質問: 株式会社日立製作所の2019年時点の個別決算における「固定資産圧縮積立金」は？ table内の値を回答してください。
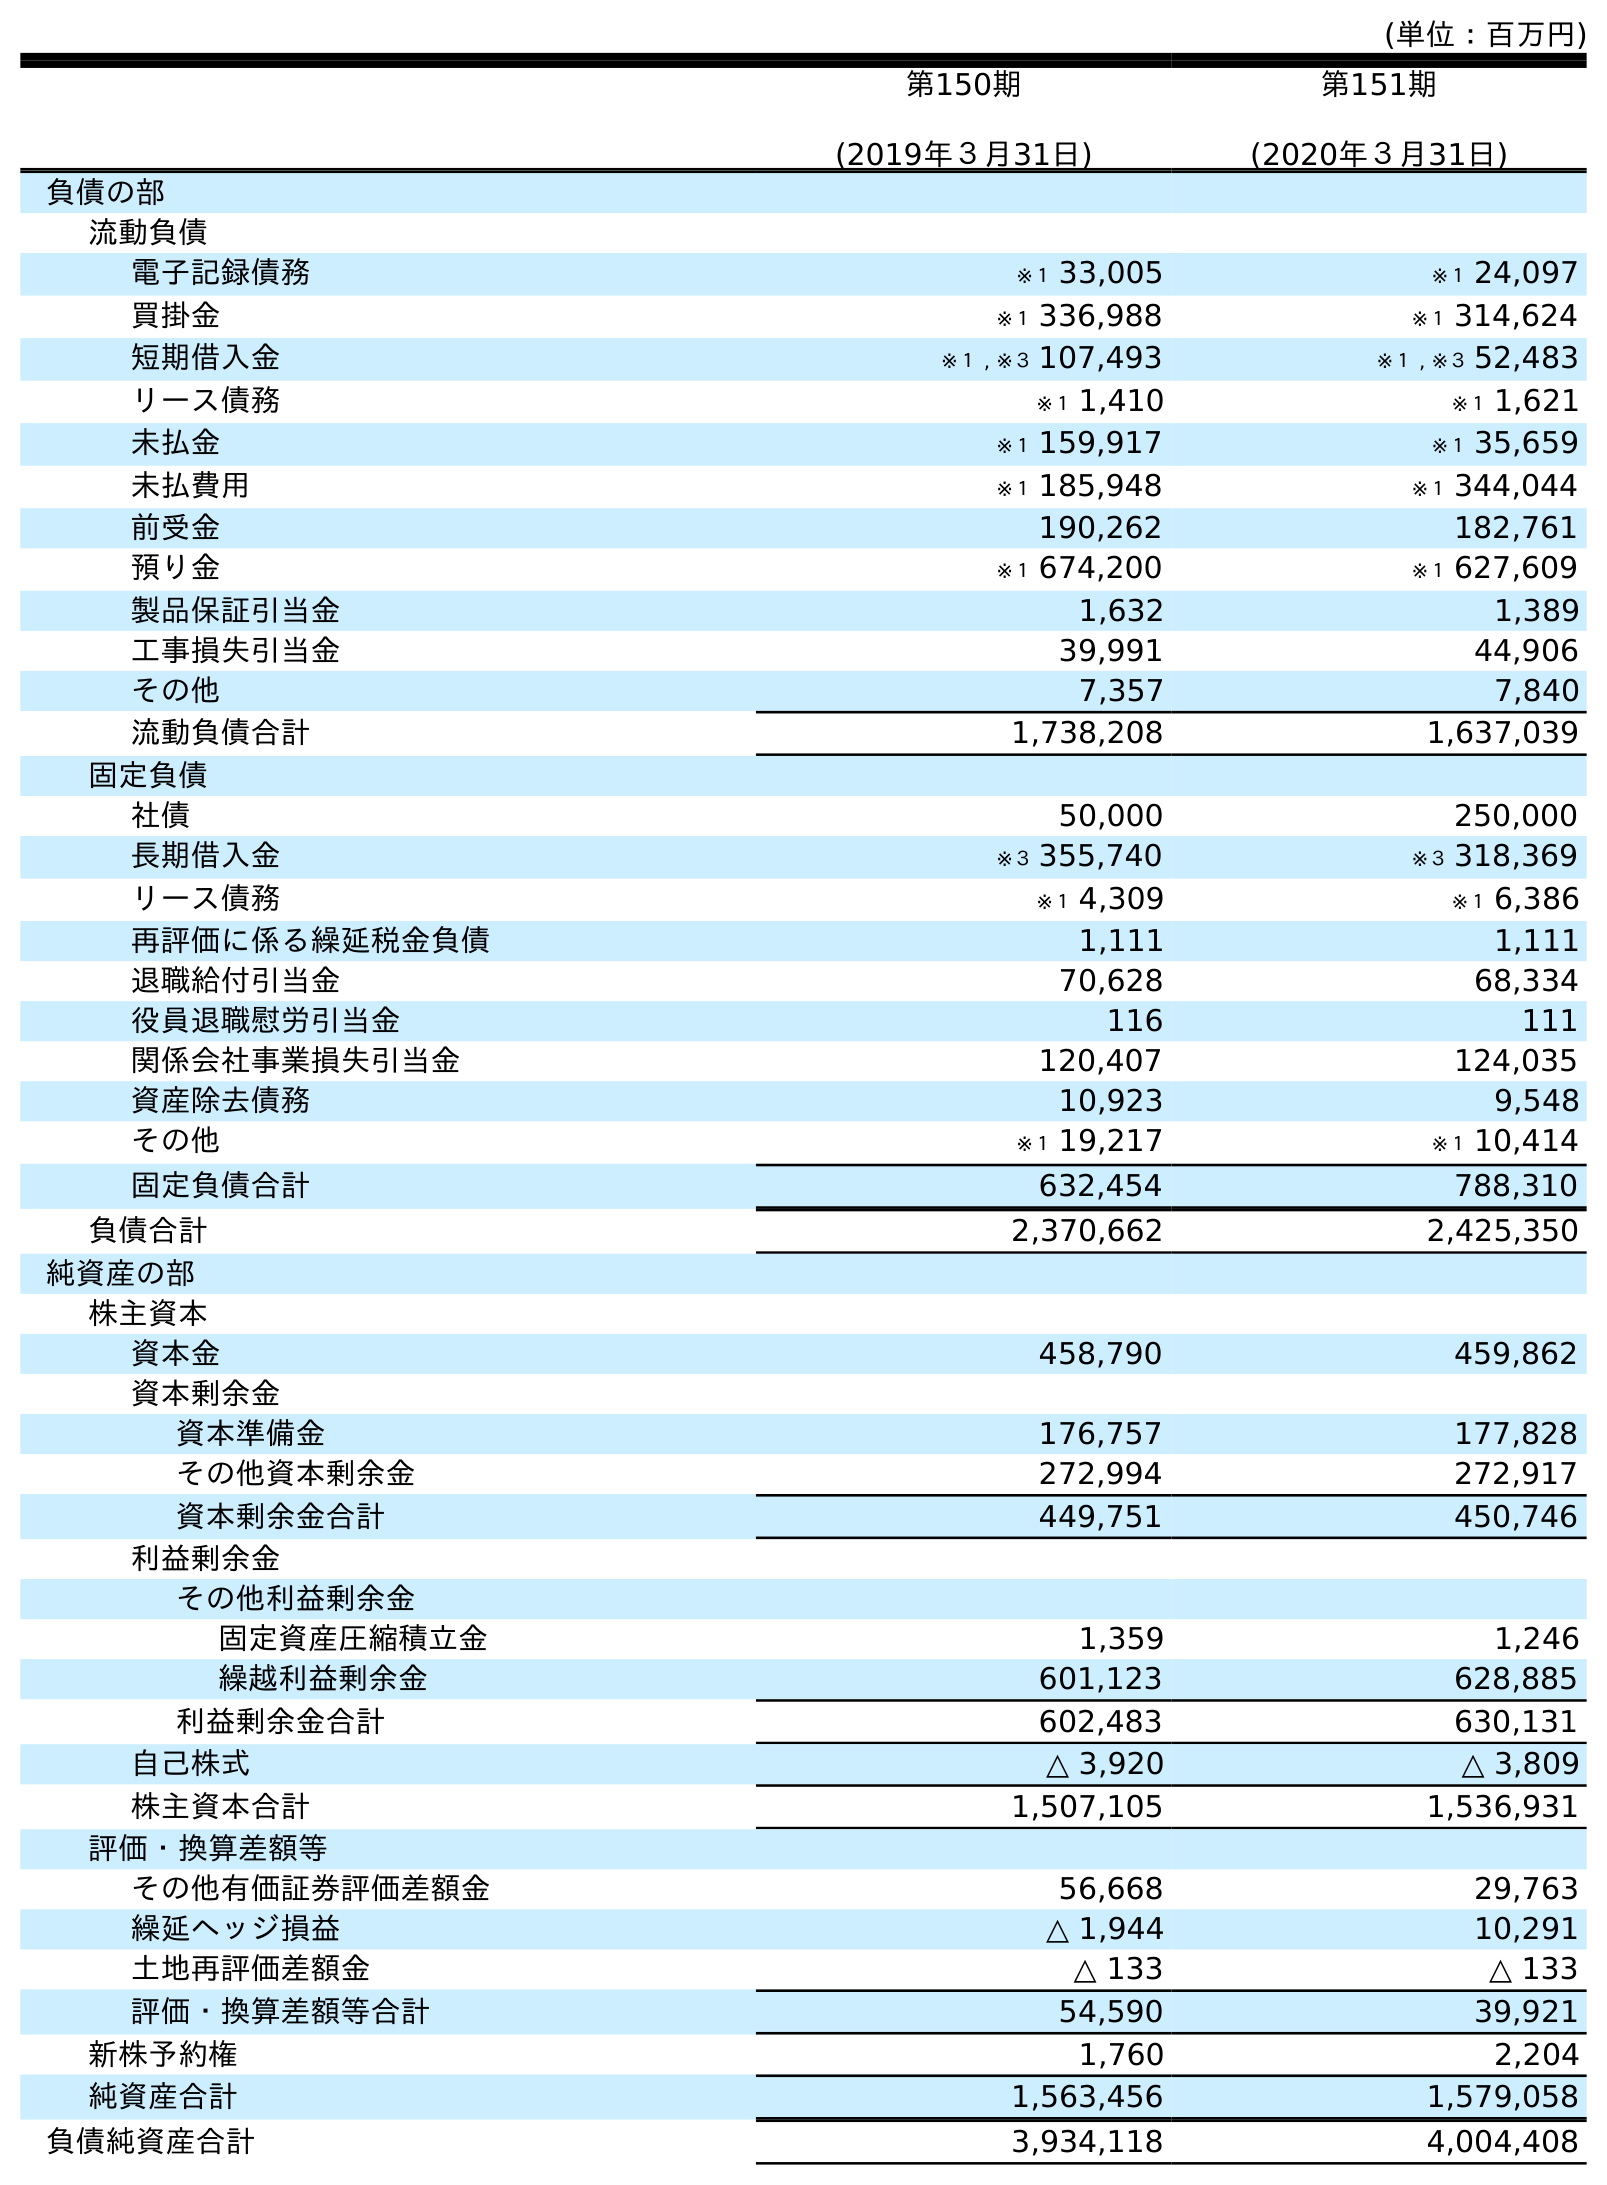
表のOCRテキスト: (単位：百万円) 第150期 (2019年３月31日) 第151期 (2020年３月31日) 負債の部 流動負債 電子記録債務 ※１ 33,005 ※１ 24,097 買掛金 ※１ 336,988 ※１ 314,624 短期借入金 ※１ , ※３ 107,493 ※１ , ※３ 52,483 リース債務 ※１ 1,410 ※１ 1,621 未払金 ※１ 159,917 ※１ 35,659 未払費用 ※１ 185,948 ※１ 344,044 前受金 190,262 182,761 預り金 ※１ 674,200 ※１ 627,609 製品保証引当金 1,632 1,389 工事損失引当金 39,991 44,906 その他 7,357 7,840 流動負債合計 1,738,208 1,637,039 固定負債 社債 50,000 250,000 長期借入金 ※３ 355,740 ※３ 318,369 リース債務 ※１ 4,309 ※１ 6,386 再評価に係る繰延税金負債 1,111 1,111 退職給付引当金 70,628 68,334 役員退職慰労引当金 116 111 関係会社事業損失引当金 120,407 124,035 資産除去債務 10,923 9,548 その他 ※１ 19,217 ※１ 10,414 固定負債合計 632,454 788,310 負債合計 2,370,662 2,425,350 純資産の部 株主資本 資本金 458,790 459,862 資本剰余金 資本準備金 176,757 177,828 その他資本剰余金 272,994 272,917 資本剰余金合計 449,751 450,746 利益剰余金 その他利益剰余金 固定資産圧縮積立金 1,359 1,246 繰越利益剰余金 601,123 628,885 利益剰余金合計 602,483 630,131 自己株式 △ 3,920 △ 3,809 株主資本合計 1,507,105 1,536,931 評価・換算差額等 その他有価証券評価差額金 56,668 29,763 繰延ヘッジ損益 △ 1,944 10,291 土地再評価差額金 △ 133 △ 133 評価・換算差額等合計 54,590 39,921 新株予約権 1,760 2,204 純資産合計 1,563,456 1,579,058 負債純資産合計 3,934,118 4,004,408
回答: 1,359